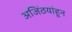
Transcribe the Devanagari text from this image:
अजिंठयांहून